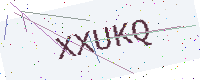
Text: XXUKQ